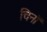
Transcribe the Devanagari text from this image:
चिनॉ